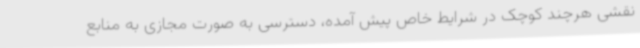
نقشی هرچند کوچک در شرایط خاص پیش آمده، دسترسی به صورت مجازی به منابع